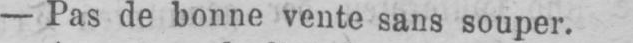
- Pas de bonne vente sans souper.